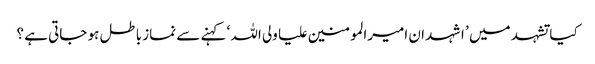
کیا تشہد میں ’ اشہد ان امیرالمومنین علیا ولی اللہ ‘ کہنے سے نماز باطل ہو جاتی ہے ؟